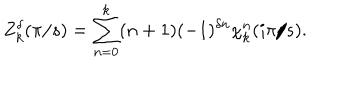
Z _ { k } ^ { \delta } ( \pi / s ) = \sum _ { n = 0 } ^ { k } ( n + 1 ) ( - 1 ) ^ { \delta n } \chi _ { k } ^ { n } ( i \pi / s ) .